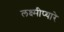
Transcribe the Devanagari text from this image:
लक्ष्मीप्यारे